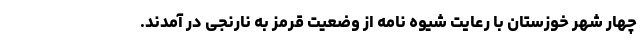
چهار شهر خوزستان با رعایت شیوه نامه از وضعیت قرمز به نارنجی در آمدند.